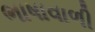
ભાષાવાળી